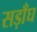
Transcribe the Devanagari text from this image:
सड़ाँघ